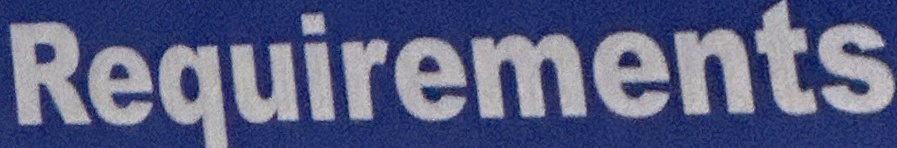
Requirements